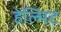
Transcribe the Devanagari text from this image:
हेल्मिट